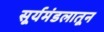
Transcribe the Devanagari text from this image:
सूर्यमंडलातून